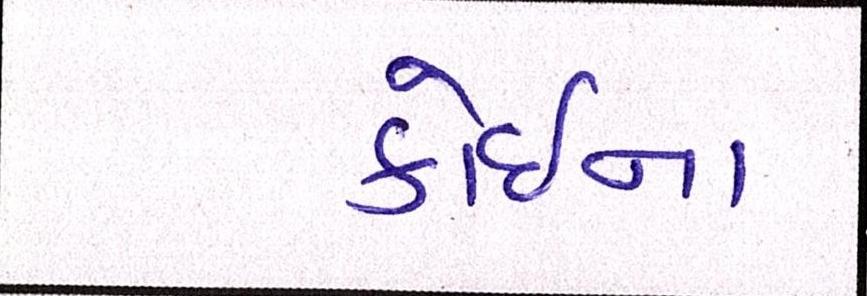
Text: કોઇના